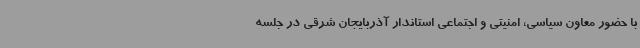
با حضور معاون سیاسی، امنیتی و اجتماعی استاندار آذربایجان شرقی در جلسه